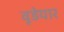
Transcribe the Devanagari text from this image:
वूडेयार